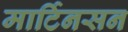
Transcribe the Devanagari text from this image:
मार्टिनसन